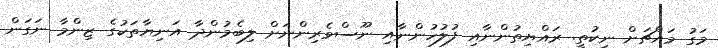
މަގު މައްޗަށް ނިކުތީ. ރައްޔިތުންނާއި ފުލުހުންނާއި ނޫސްވެރިންނަށް ލިބެމުންދާ އަނިޔާތަކުގެ ޒިންމާ ނަގަން